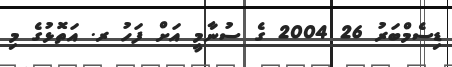
ޑިސެމްބަރު 26 2004 ގެ ސުނާމީ އަށް ފަހު ރ. އަތޮޅުގެ މި